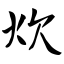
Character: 炊